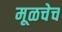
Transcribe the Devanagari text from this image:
मूळचेच